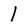
Character: 1